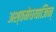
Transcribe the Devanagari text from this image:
अश्वमेघयाजिन्